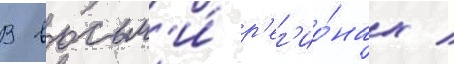
В восьм'и́ р'ег'ио́нах /